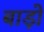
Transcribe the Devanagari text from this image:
बाड़ो